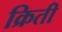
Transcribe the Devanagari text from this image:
क्रिती